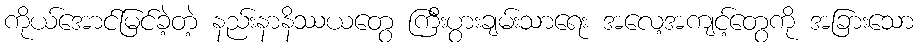
ကိုယ်အောင်မြင်ခဲ့တဲ့ နည်းနာနိဿယတွေ ကြီးပွားချမ်းသာရေး အလေ့အကျင့်တွေကို အခြားသော